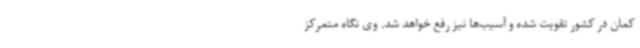
کمان در کشور تقویت شده و آسیب‌ها نیز رفع خواهد شد. وی نگاه متمرکز